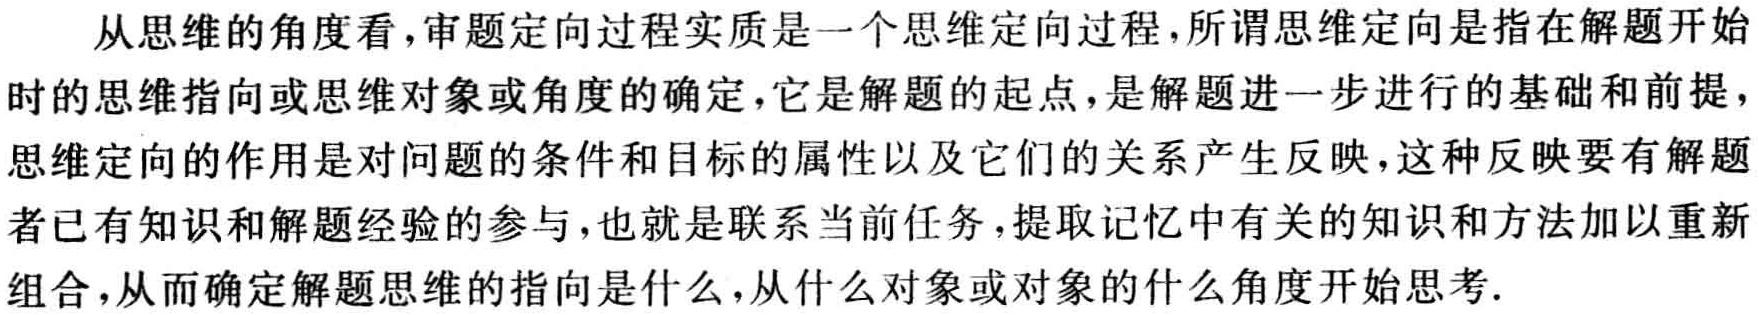
从思维的角度看，审题定向过程实质是一个思维定向过程，所谓思维定向是指在解题开始时的思维指向或思维对象或角度的确定，它是解题的起点，是解题进一步进行的基础和前提，思维定向的作用是对问题的条件和目标的属性以及它们的关系产生反映，这种反映要有解题者已有知识和解题经验的参与，也就是联系当前任务，提取记忆中有关的知识和方法加以重新组合，从而确定解题思维的指向是什么，从什么对象或对象的什么角度开始思考.